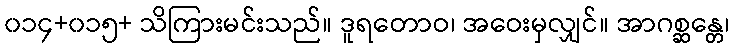
၀၁၄+၀၁၅+ သိကြားမင်းသည်။ ဒူရတောဝ၊ အဝေးမှလျှင်။ အာဂစ္ဆန္တေ၊